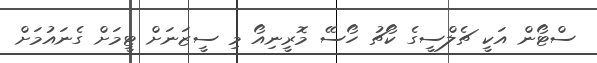
ސްޓޯން އަކީ ޗެލްސީގެ ކޯޗު ހޯސޭ މޮރީނިއޯ މި ސީޒަނަށް ޓީމަށް ގެނައުމަށް